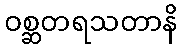
ဝစ္ဆတရသတာနိ